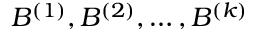
B ^ { ( 1 ) } , B ^ { ( 2 ) } , \ldots , B ^ { ( k ) }